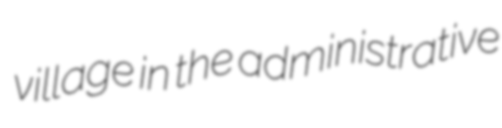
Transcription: village in the administrative